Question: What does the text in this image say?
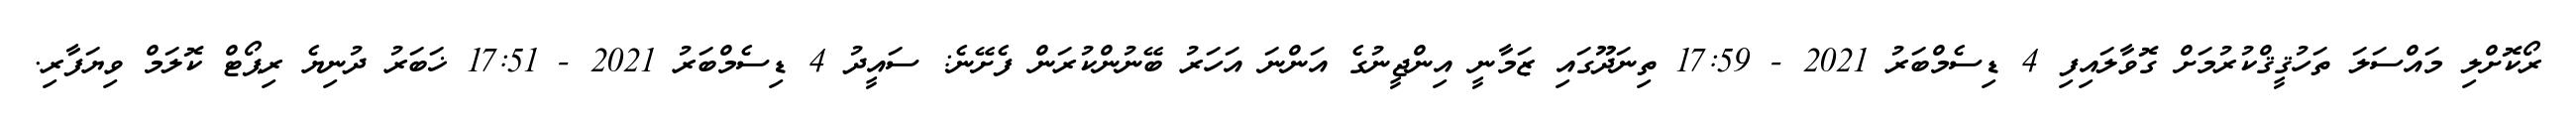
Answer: ރޯކޮށްލި މައްސަލަ ތަހުޤީޤްކުރުމަށް ގޮވާލައިފި 4 ޑިސެމްބަރު 2021 - 17:59 ތިނަދޫގައި ޒަމާނީ އިންޖީނުގެ އަންނަ އަހަރު ބޭނުންކުރަން ފެށޭނެ: ސައީދު 4 ޑިސެމްބަރު 2021 - 17:51 ޚަބަރު ދުނިޔެ ރިޕޯޓް ކޮލަމް ވިޔަފާރި.